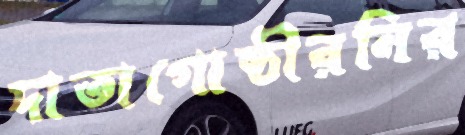
দাতাগোষ্ঠীরনির